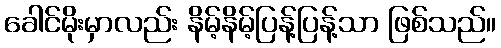
ခေါင်မိုးမှာလည်း နိမ့်နိမ့်ပြန့်ပြန့်သာ ဖြစ်သည်။